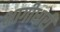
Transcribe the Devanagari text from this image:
भागीधारी